Plague in India, 1896, 1897 - Volume 4
Year: 1896
Disease focus: Plague
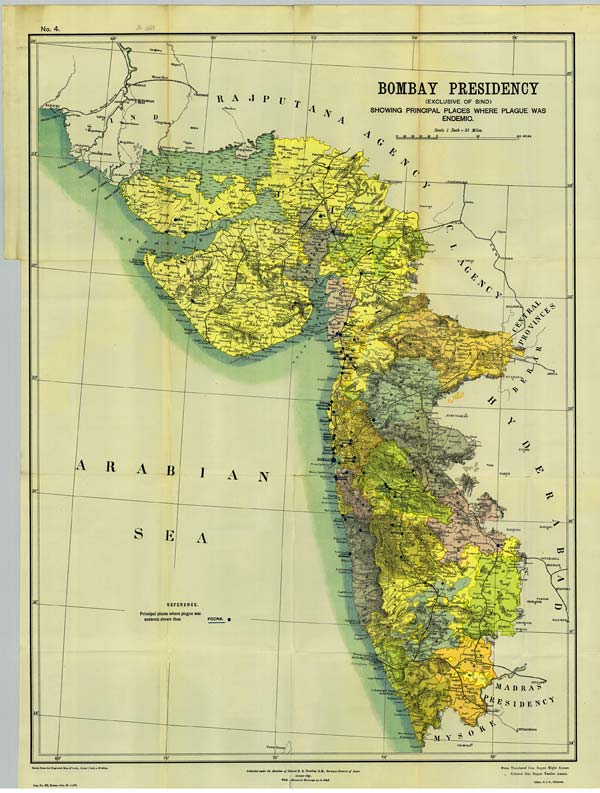
No. 4.
Taken from the Engraved Map of India, Scale 1 Inch = 32 Miles.
Reg. No. 602, Home.—Jan. 98.—1,000.
Published under the direction of Colonel H. R. Thuillier. R.E., Surveyor-General of India.
October 1891.
With additions in Railways up to 1894.
Price Uncolored One Rupee Eight Annas.
" Colored One Rupee Twelve Annas.
Litho., S. I. O., Calcutta.